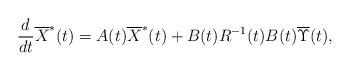
LaTeX: \begin{align*}\frac{d}{dt}\overline{X}^*(t)=A(t)\overline{X}^*(t)+B(t)R^{-1}(t)B(t)\overline{\Upsilon}(t), \end{align*}